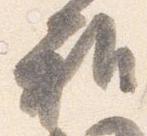
雅